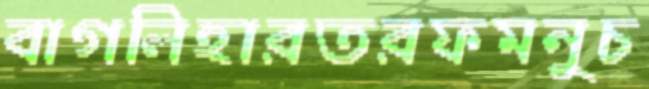
বাগলিহারতরফমনুচ